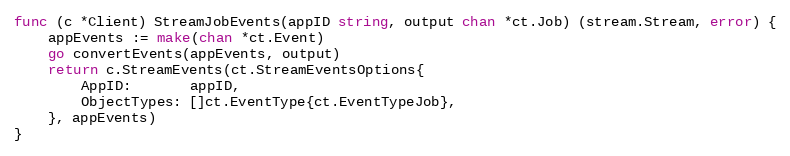
Language: Go
func (c *Client) StreamJobEvents(appID string, output chan *ct.Job) (stream.Stream, error) {
	appEvents := make(chan *ct.Event)
	go convertEvents(appEvents, output)
	return c.StreamEvents(ct.StreamEventsOptions{
		AppID:       appID,
		ObjectTypes: []ct.EventType{ct.EventTypeJob},
	}, appEvents)
}